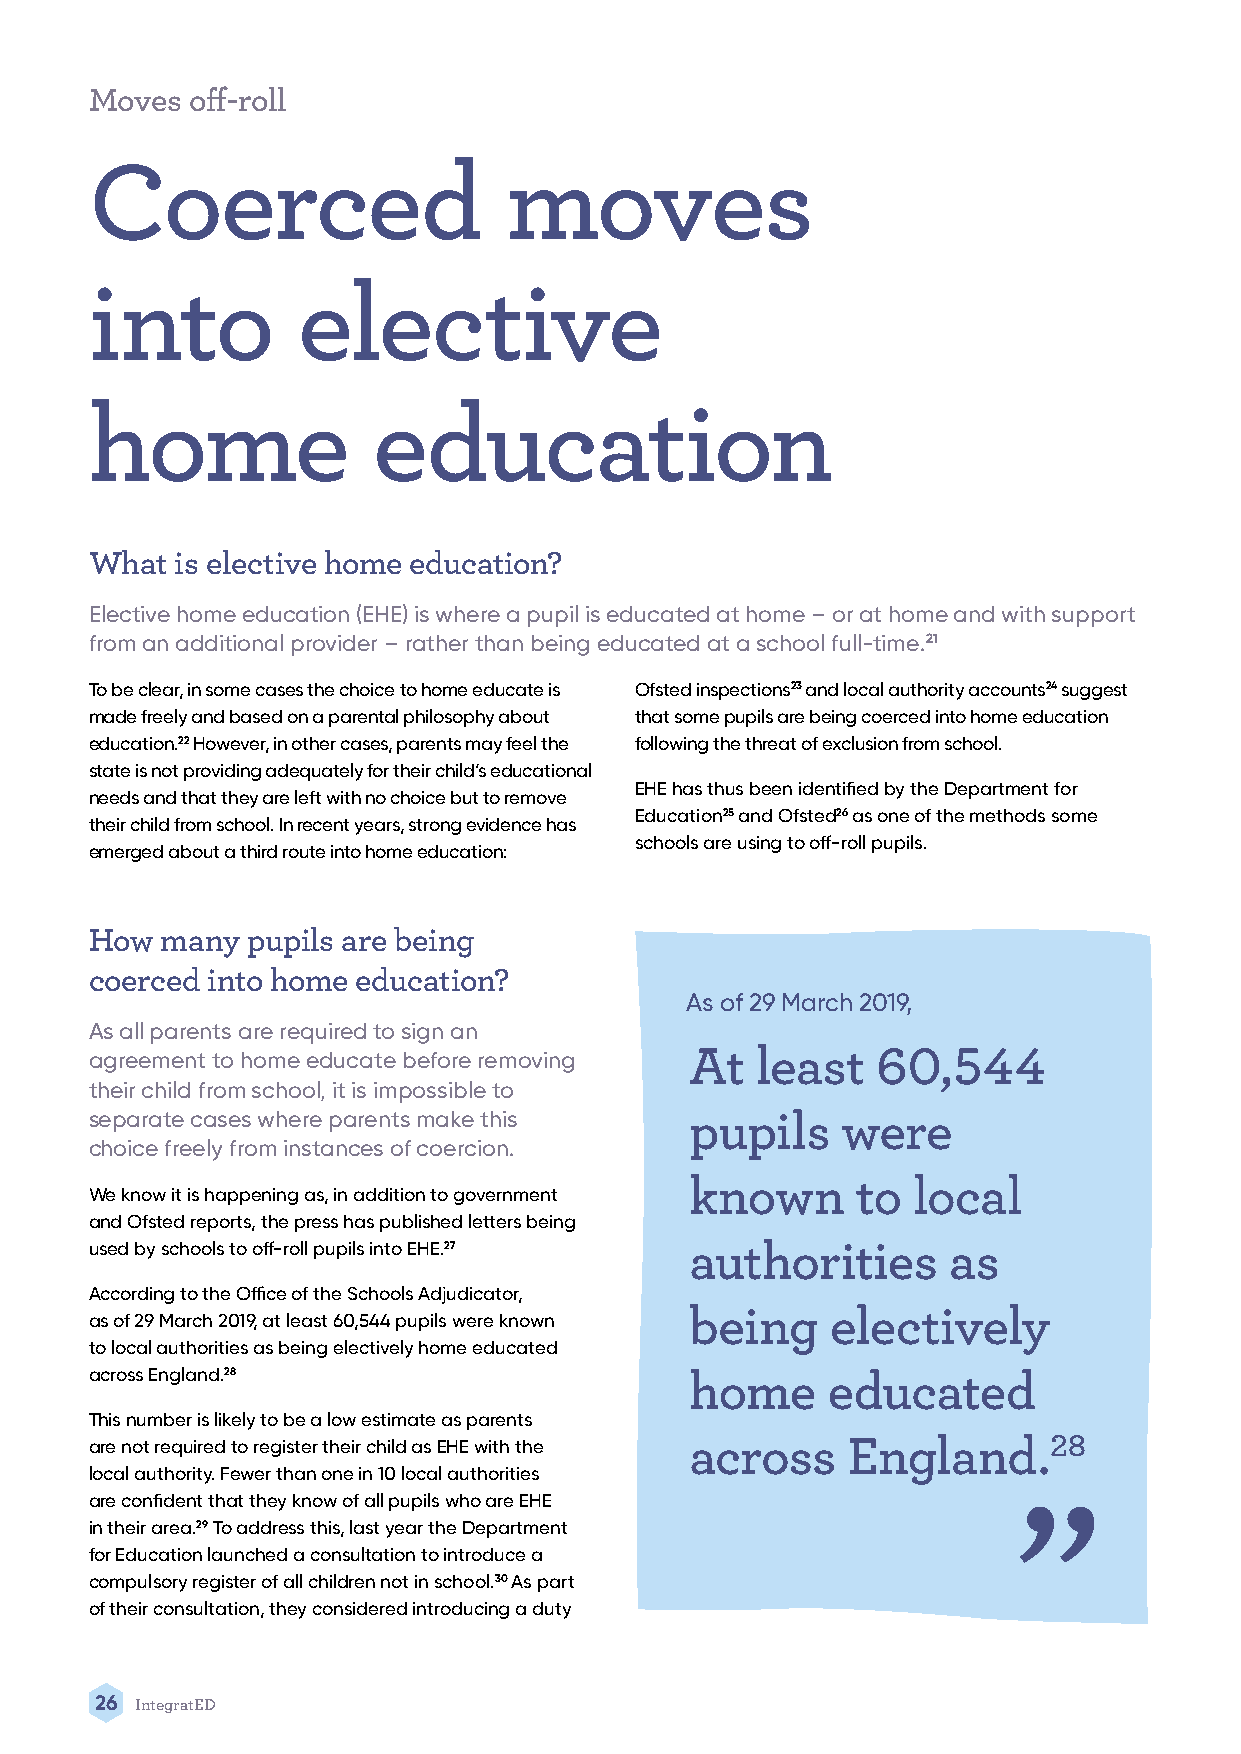
Moves  off-roll
 Coerced                    moves
 into          elective
 home               education
 What  is elective home education?
 Elective home education (EHE) is where a pupil is educated at home – or at home and with support
 from an additional provider – rather than being educated at a school full-time.21
 To be clear, in some cases the choice to home educate is Ofsted inspections23 and local authority accounts24 suggest
 made freely and based on a parental philosophy about that some pupils are being coerced into home education
 education.22 However, in other cases, parents may feel the following the threat of exclusion from school.
 state is not providing adequately for their child’s educational
 EHE has thus been identified by the Department for
 needs and that they are left with no choice but to remove
 Education25 and Ofsted26 as one of the methods some
 their child from school. In recent years, strong evidence has
 schools are using to off-roll pupils.
 emerged about a third route into home education:
 How  many pupils are being
 coerced into home education?
 As of 29 March 2019,
 As all parents are required to sign an
 agreement to home educate before removing At least  60,544
 their child from school, it is impossible to
 separate cases where parents make this  pupils    were
 choice freely from instances of coercion.
 known      to local
 We know it is happening as, in addition to government
 and Ofsted reports, the press has published letters being
 used by schools to off-roll pupils into EHE.27 authorities as
 According to the Office of the Schools Adjudicator,
 being    electively
 as of 29 March 2019, at least 60,544 pupils were known
 to local authorities as being electively home educated
 across England.28                       home     educated“
 This number is likely to be a low estimate as parents
 are not required to register their child as EHE with the across England.28
 local authority. Fewer than one in 10 local authorities
 are confident that they know of all pupils who are EHE
 in their area.29 To address this, last year the Department
 for Education launched a consultation to introduce a
 compulsory register of all children not in school.30 As part
 of their consultation, they considered introducing a duty
 26 IntegratED